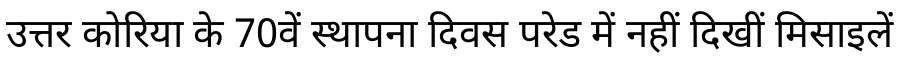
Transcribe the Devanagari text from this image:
उत्तर कोरिया के 70वें स्थापना दिवस परेड में नहीं दिखीं मिसाइलें